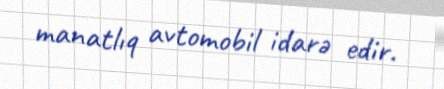
manatlıq avtomobil idarə edir.